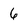
Character: 6